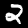
Label: 2